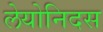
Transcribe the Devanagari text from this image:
लेयोनिदस